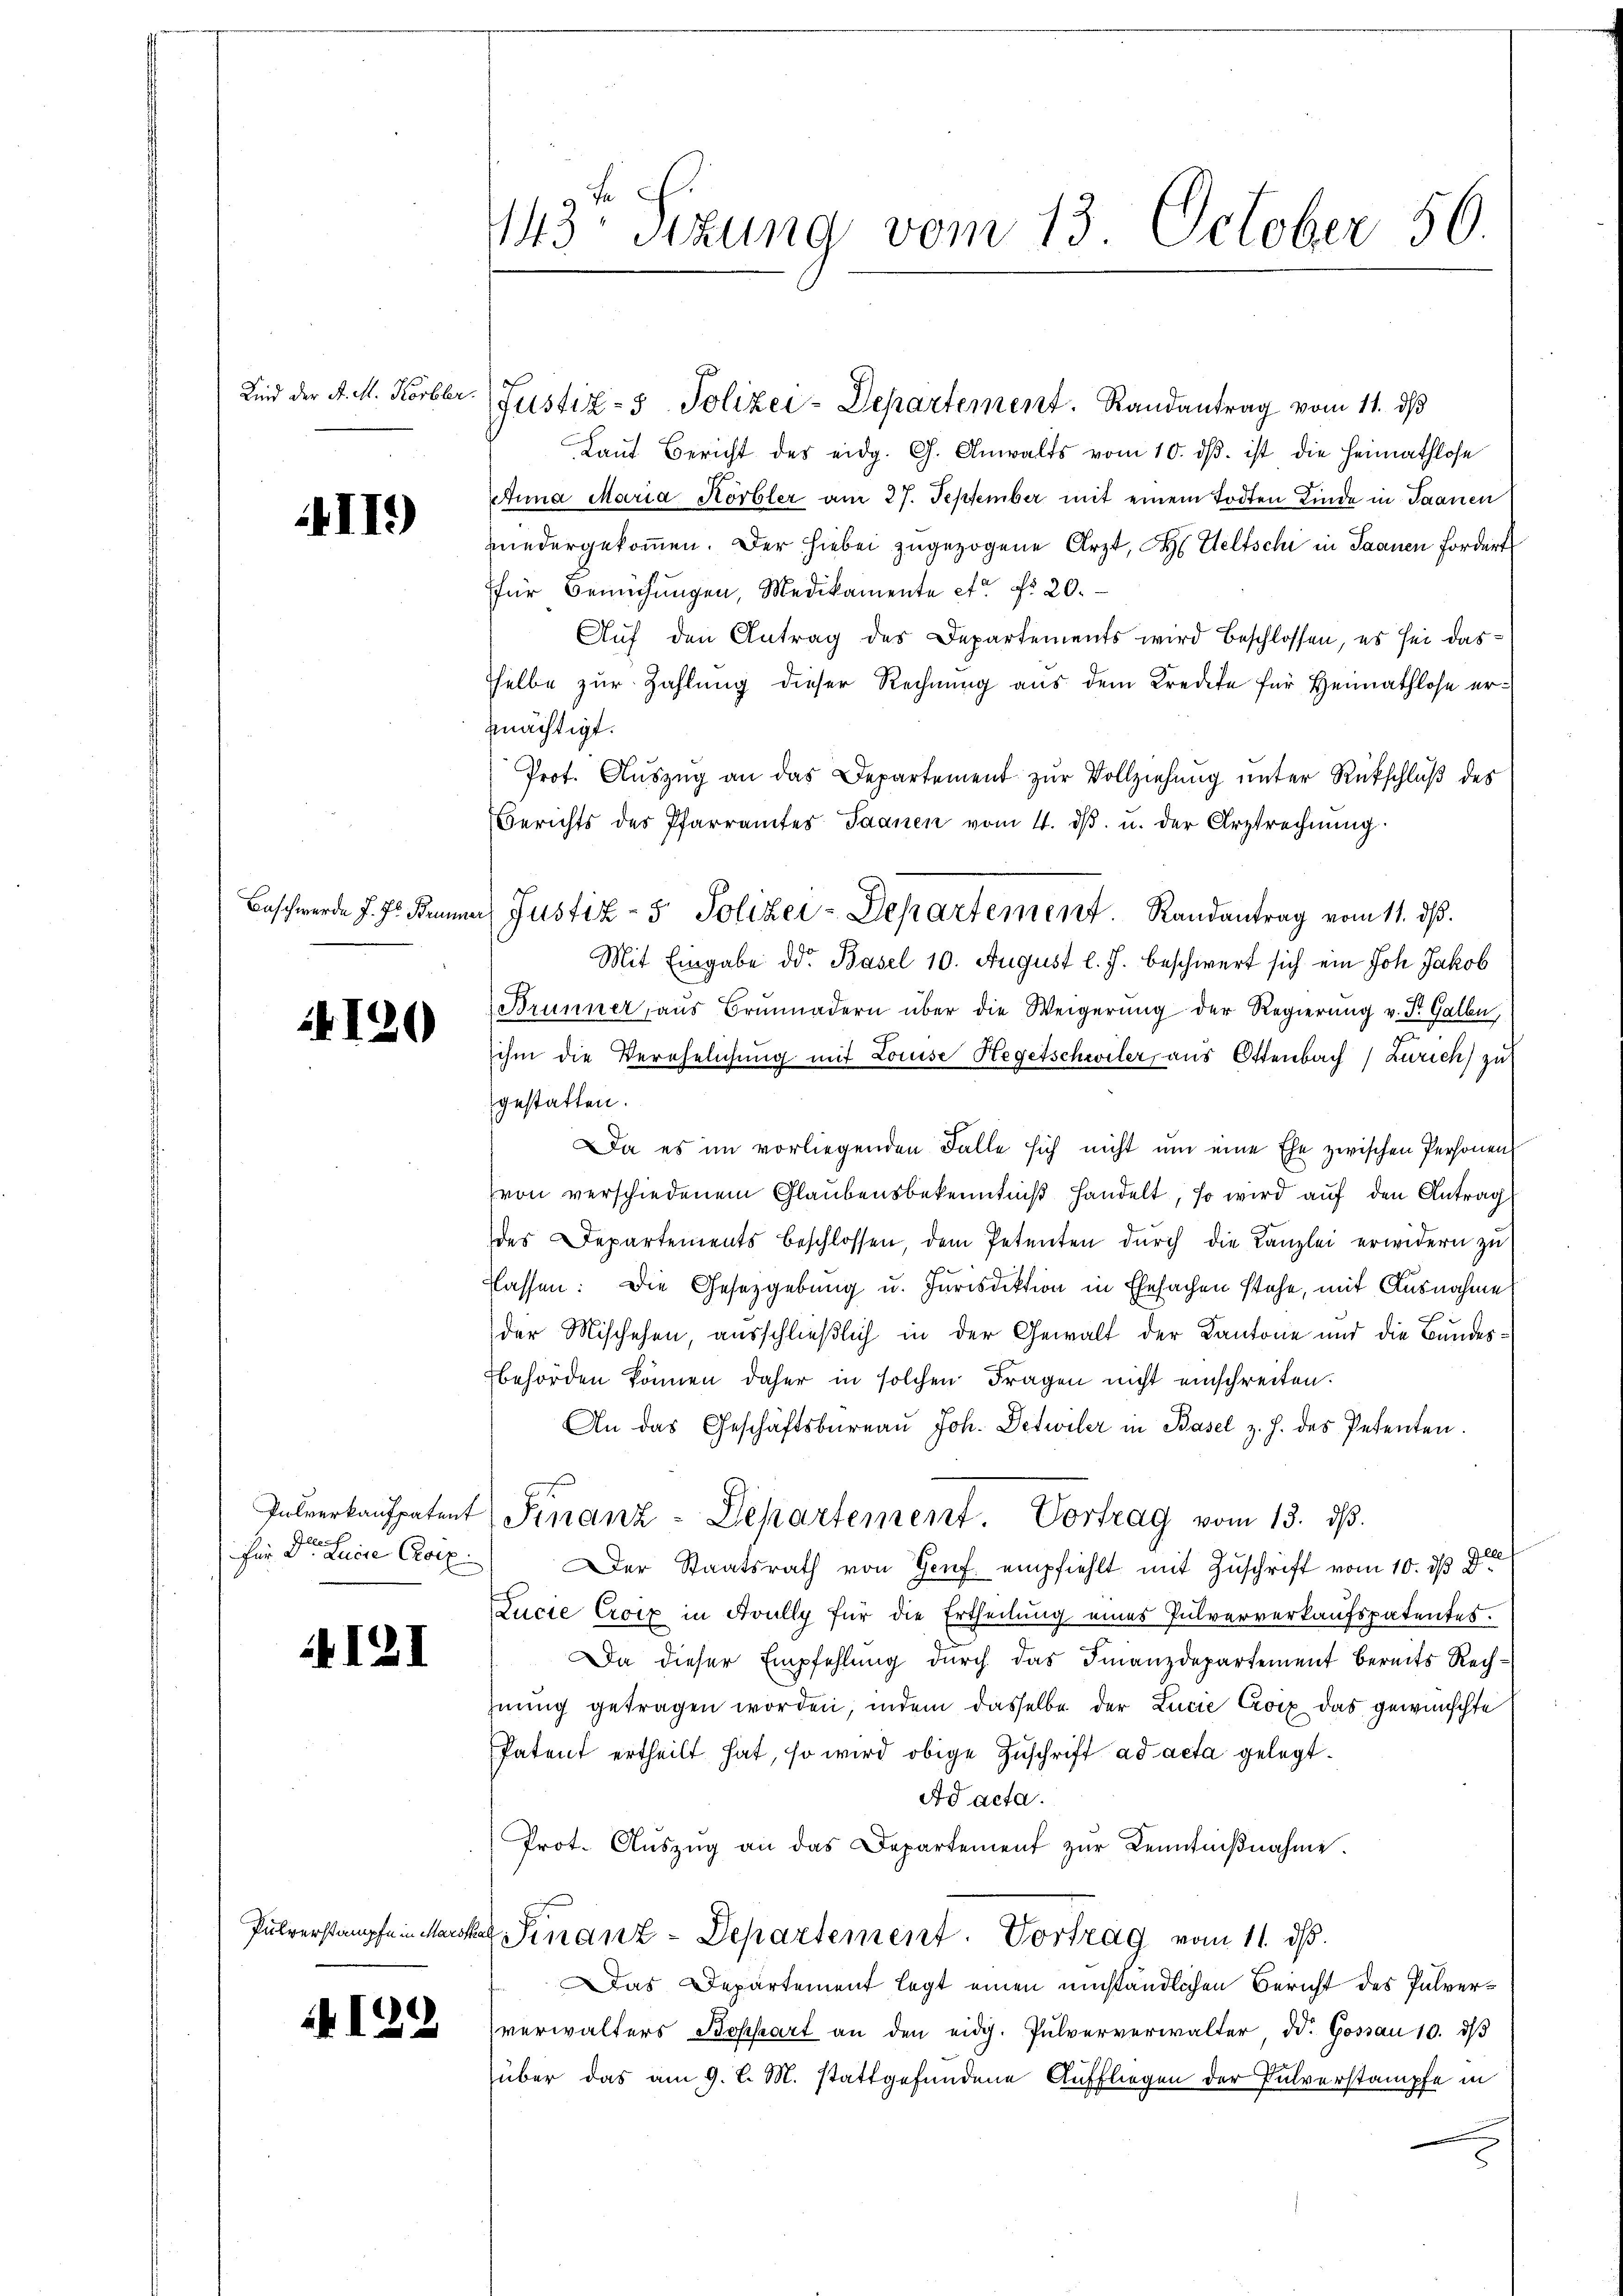
Kind der A. M. Korbler

II.)

Baschwerde d. Js. Brunn

4120

Für Dr. Lucia Croix

121

4122

143 Sitzung vom 13. October 56

Laut Bericht des eidg. G. Anwalts vom 10. dβ. ist die Heimathlose
Anna Maria Körbler am 27. September mit einem Todten Kinde in Saanen
niedergekommen. Der hiebei zugezogene Arzt, H. Weltschi in Saanen Fordert
für Bemühungen, Medikamente et fr. 20.
Auf den Antrag des Departements wird beschlossen, es sei das
helbe zur Zahlung dieser Rechnung aus dem Kredite für Heimathlose erzmächtigt.
Prot. Auszug an das Departement zur Vollziehung unter Rückschluß des
Berichts des Pfarramtes Saanen vom 4. dβ. u. der Arztrechnŭng.
Mit Eingabe dd. Basel 10. August l. J. beschwert sich ein Joh. Jakob
Brunner, aus Brunnadern über die Weigerung der Regierung v. Dr. Galle,
ihm die Verehelichung mit Louise Hegetschwiler, aus Ottenbach Zürich) zu
gestatten.
Da es im vorliegenden Falle sich nicht um eine Ehe zwischen Personen
von verschiedenem Glaubensbekenntniß handelt, so wird auf den Antrag
des Departements beschlossen, dem Petenten dŭrch die Kanzlei erwidern zu
lassen: Die Gesetzgebung u. Jurisdiktion in Ehesachen stehe, mit Ausnahme
der Mischehen, ausschließlich in der Gewalt der Kantone und die Bundesbehörden können daher in solchen Fragen nicht einschreiten.
An das Geschäftsbüreaŭ Joh. Detwiler in Basel z. J. des Petenten.
Pulverkaufpatent Finanz-Departement. Vortrag vom 13. ds.
le
Der Staatsrath von Genf empfiehlt mit Zuschrift vom 10. ds
Lucie Croix in Avully für die Ertheilung eines Pulververkaufspatentes.
Da dieser Empfehlŭng durch das Finanzdepartement bereits Rechhnŭng getragen worden, indem dasselbe der Lucie Croix das gewünschte
Patent ertheilt hat, so wird obige Zuschrift ad acta gelegt.
Ad acta.
Prot. Aŭszŭg an das Departement zŭr Kenntniβnahme.
Pulverstampfe in Marcker Finanz-Departement. Vortrag vom 11. ds.
Das Departement legt einen umständlichen Bericht des Pulververwalters Bossart an den eidg. Pulververwalter d. Gossau 10. dβ
über das am 9. l. M. stattgefundene Auffliegen der Pulverstampfe in
g

Justiz- & Polizei-Departement. Randantrag vom 11. ds

a Justiz- & Polizei-Departement. Randantrag vom 11. ds.